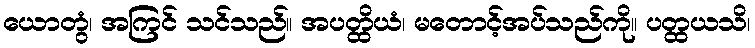
ယောတွံ၊ အကြင် သင်သည်။ အပတ္ထိယံ၊ မတောင့်အပ်သည်ကို။ ပတ္ထယသိ၊